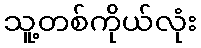
သူ့တစ်ကိုယ်လုံး